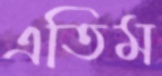
এতিম